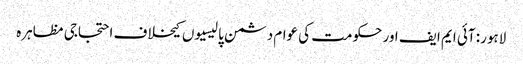
لاہور: آئی ایم ایف اور حکومت کی عوام دشمن پالیسیوں کیخلاف احتجاجی مظاہرہ